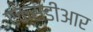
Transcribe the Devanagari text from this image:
एक्सडीआर